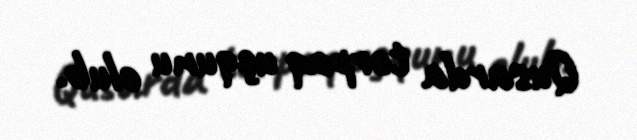
Qusarda torpaq uçqunu olub.